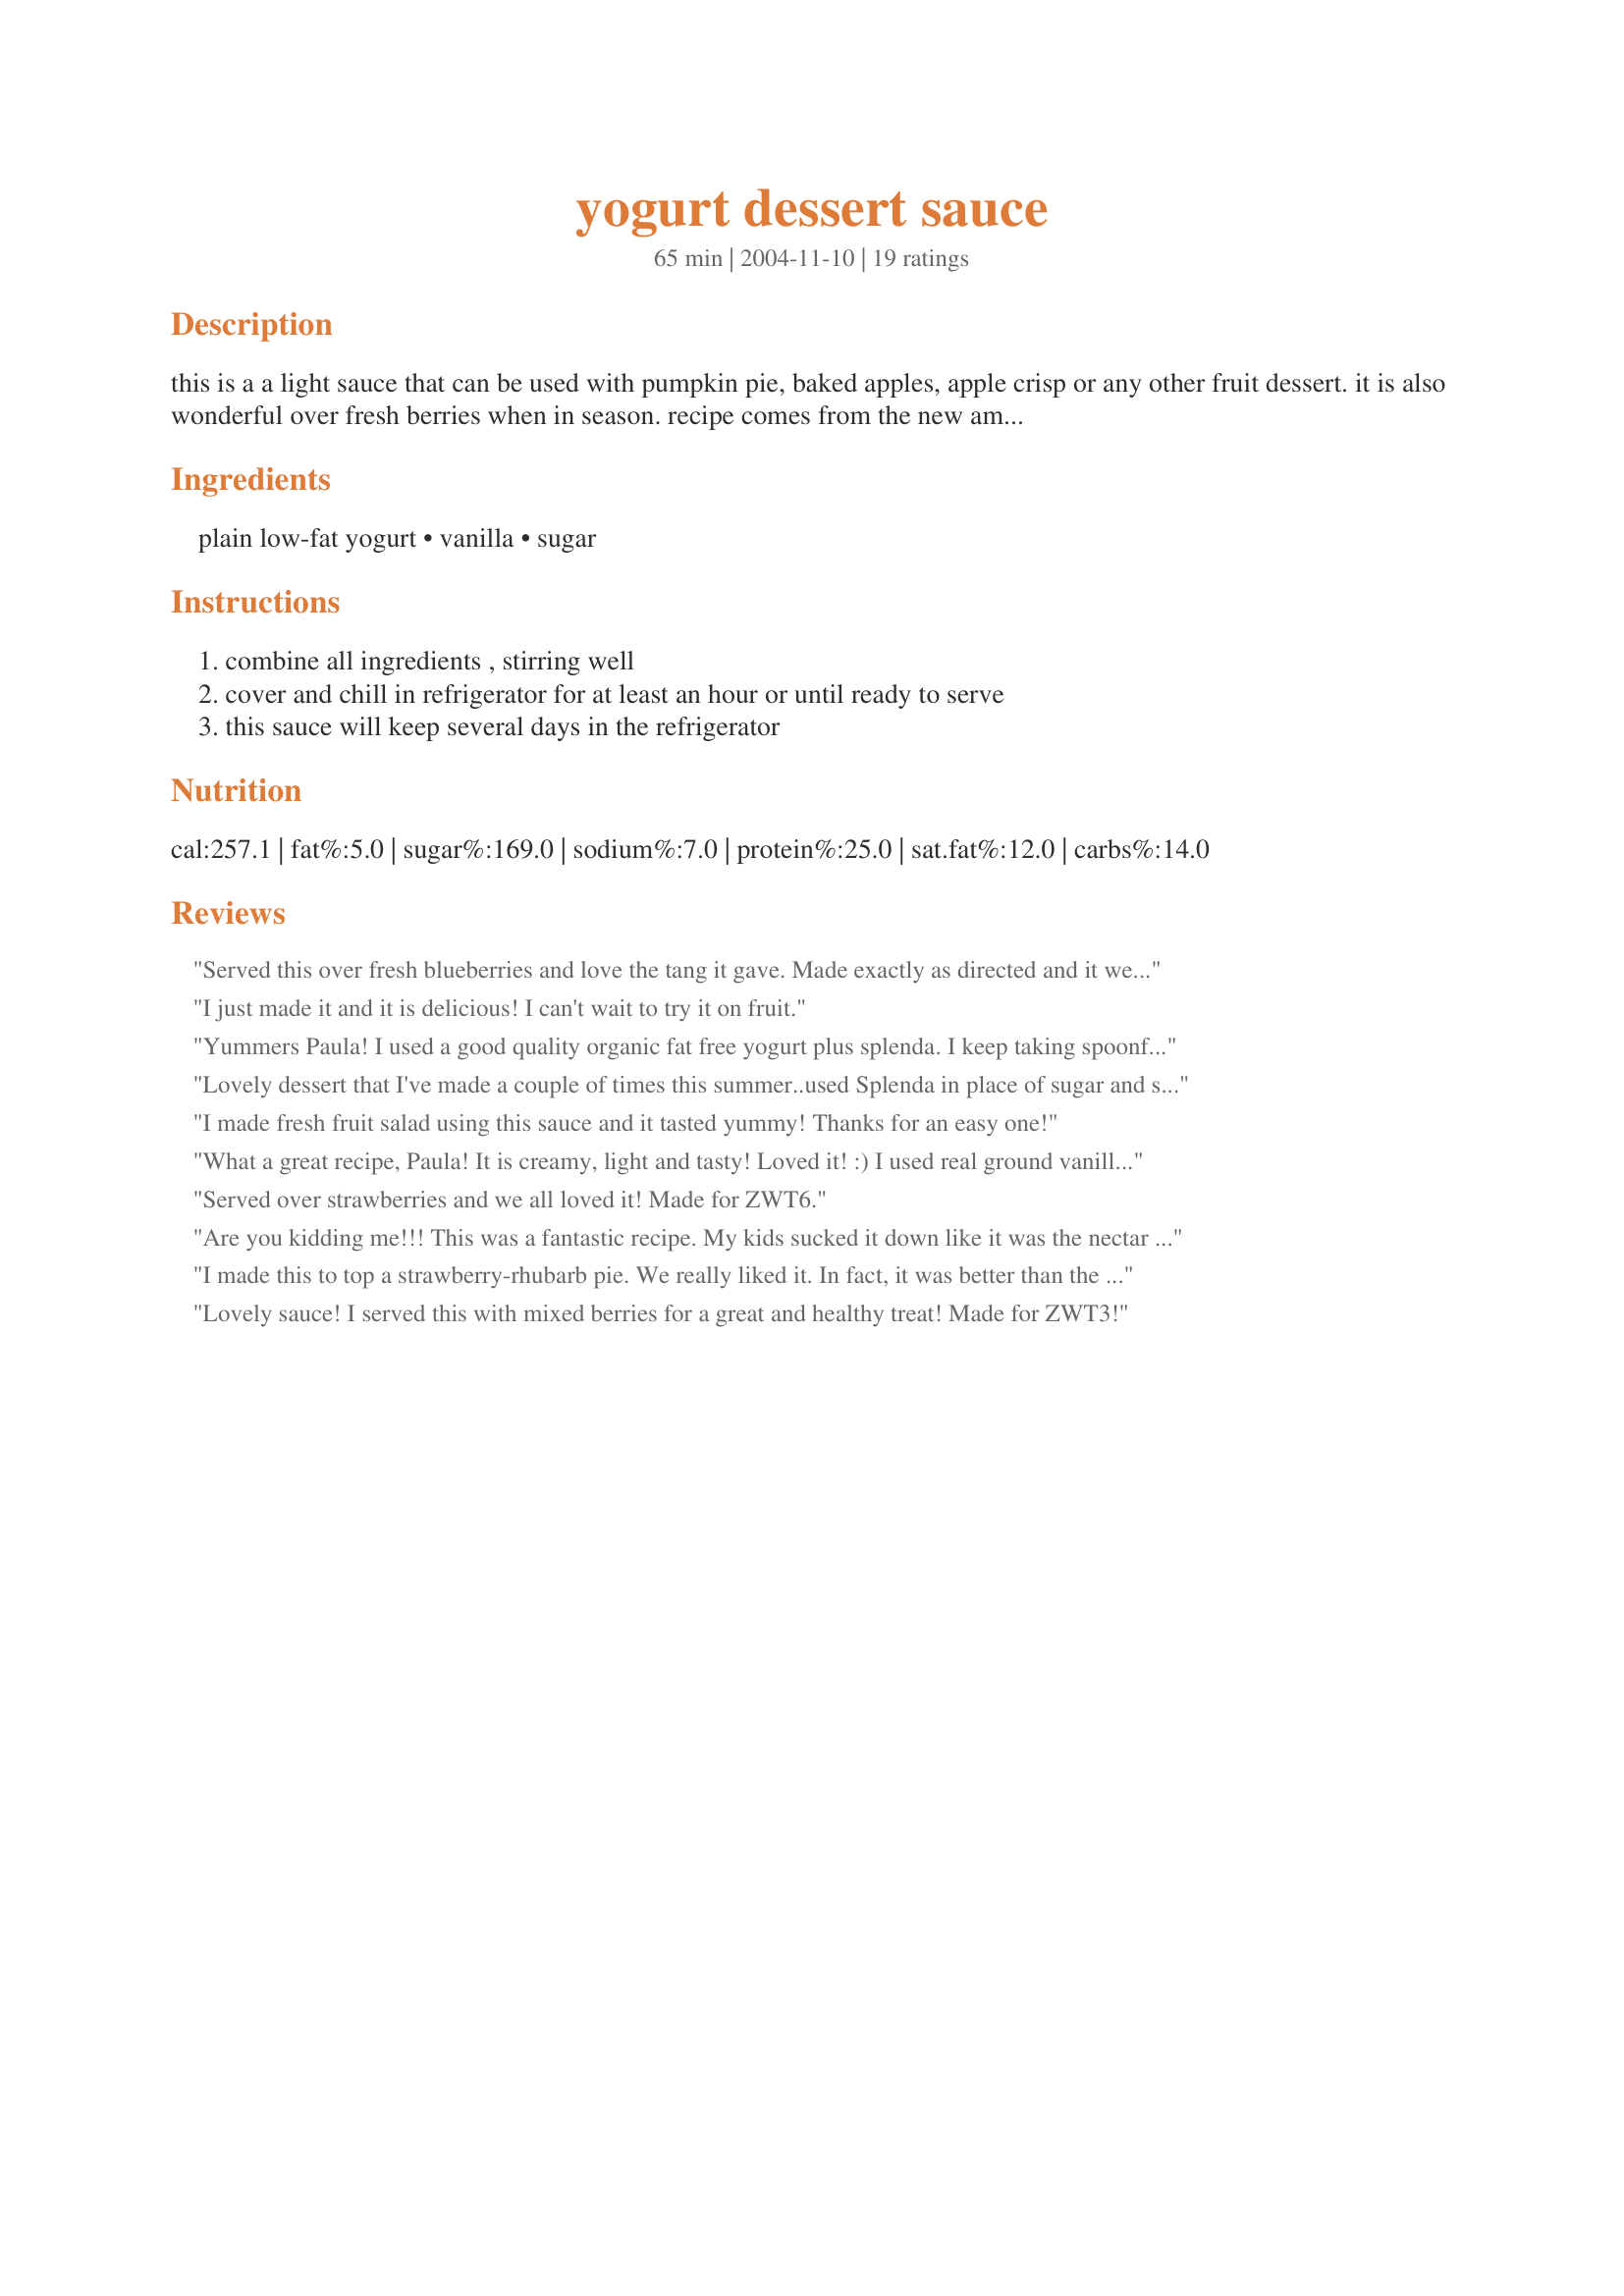
yogurt dessert sauce
Preparation time: 65 minutes

this is a a light sauce that can be used with pumpkin pie, baked apples, apple crisp or any other fruit dessert. it is also wonderful over fresh berries when in season. recipe comes from the new american diet cookbook.

Ingredients:
plain low-fat yogurt, vanilla, sugar

Steps:
combine all ingredients , stirring well, cover and chill in refrigerator for at least an hour or until ready to serve, this sauce will keep several days in the refrigerator

Reviews:
Served this over fresh blueberries and love the tang it gave. Made exactly as directed and it went together easy, looked nice (sorry the photo is so blurry) and tasted better. So glad you posted this. Made for ZWT #6
I just made it and it is delicious! I can't wait to try it on fruit.
Yummers Paula! I used a good quality organic fat free yogurt plus splenda. I keep taking spoonfuls out of the fridge! It would be excellent with berries. Thanks.
Lovely dessert that I've made a couple of times this summer..used Splenda in place of sugar and served with berries and vanilla wafers crumbled on as a layer...yummmmmmm!
I made fresh fruit salad using this sauce and it tasted yummy! Thanks for an easy one!
What a great recipe, Paula! It is creamy, light and tasty! Loved it! :) I used real ground vanilla bean for even more vanilla flavour and reduced the sugar a tad. It was lovely that way and I will keep this one handy as I think its totally company worthy.<br/>THANK YOU SO MUCH for sharing this keeper, hon!<br/>Made and reviewed for Aussie/NZ Recipe Swap #55 August 2011.
Served over strawberries and we all loved it! Made for ZWT6.
Are you kidding me!!! This was a fantastic recipe. My kids sucked it down like it was the nectar of life. The only change I made was to add a tablespoon of tropical pineapple jello gelatin. I served it over apple pie and it was a hit!
I made this to top a strawberry-rhubarb pie. We really liked it. In fact, it was better than the whipped topping I normally use. I'll definitely use this often. Thanks for sharing. Made for ZWT7.
Lovely sauce! I served this with mixed berries for a great and healthy treat! Made for ZWT3!
SO easy, and SO delicious! And even with Greek yoghurt, still very low-fat! I used only &#8539; cup brown sugar and the vanilla as specified, and thoroughly enjoyed it as a scrumptious snack with a sliced banana! Just so yummy! It somehow made the snack so much more satisfying to my taste buds, so left ME more satisfied. And that surely is one of the secrets to staying on track, and away from less healthy options! Thanks so much for sharing!
Really easy to put this very nice tasting sauce together! I had some fresh blueberries on hand & they were a great combo paired with this sauce! Definitely a keeper recipe! [Made & reviewed in Healthy Choices ABC tag]
I've never made this as a recipe before, but mixing brown sugar with Greek style yoghurt is one of my favourite things, so I had to try this! So simple, so delicious and relatively low fat - a really great end to an Indian meal. Thanks for posting the 'official' recipe!
This is a wonderful sauce. I like to eat it plain but also on mixed berries. It's also really good made with brown sugar instead of white.
I made this with Greek vanilla yogurt and left out the vanilla. It was really delicious and made a beautiful dip/sauce for a lot of the berries that we had leftover from my sister's grad party. It was perfect as it was very close to a dessert and worked even better than half and half (which we normally use) as it was light and sweet.
Yummy! What simple and healthy dessert that leans itself wonderfully to fresh berries.<br/>We enjoyed this made with Splenda and over fresh strawberries that are just starting to come in season. Thanks for the post.
Delicious! I had this over fruit salad. It would be good alone, too. Made for ZWT7
Delicious :D I used vanilla paste and white sugar one time and dark brown sugar another. Served with recipe#173445. I would make this dessert sauce again.
I used plain fat free yogurt and Splenda. Two thumbs up. Easy quick and healthy and it tastes great! No down side in any way. I used it of berries and the combo was simply delicious. It's also uber simple to make any amount that you want. This is a total keeper. Thanks Paula.
